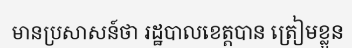
មានប្រសាសន៍ថា រដ្ឋបាលខេត្តបាន ត្រៀមខ្លួន